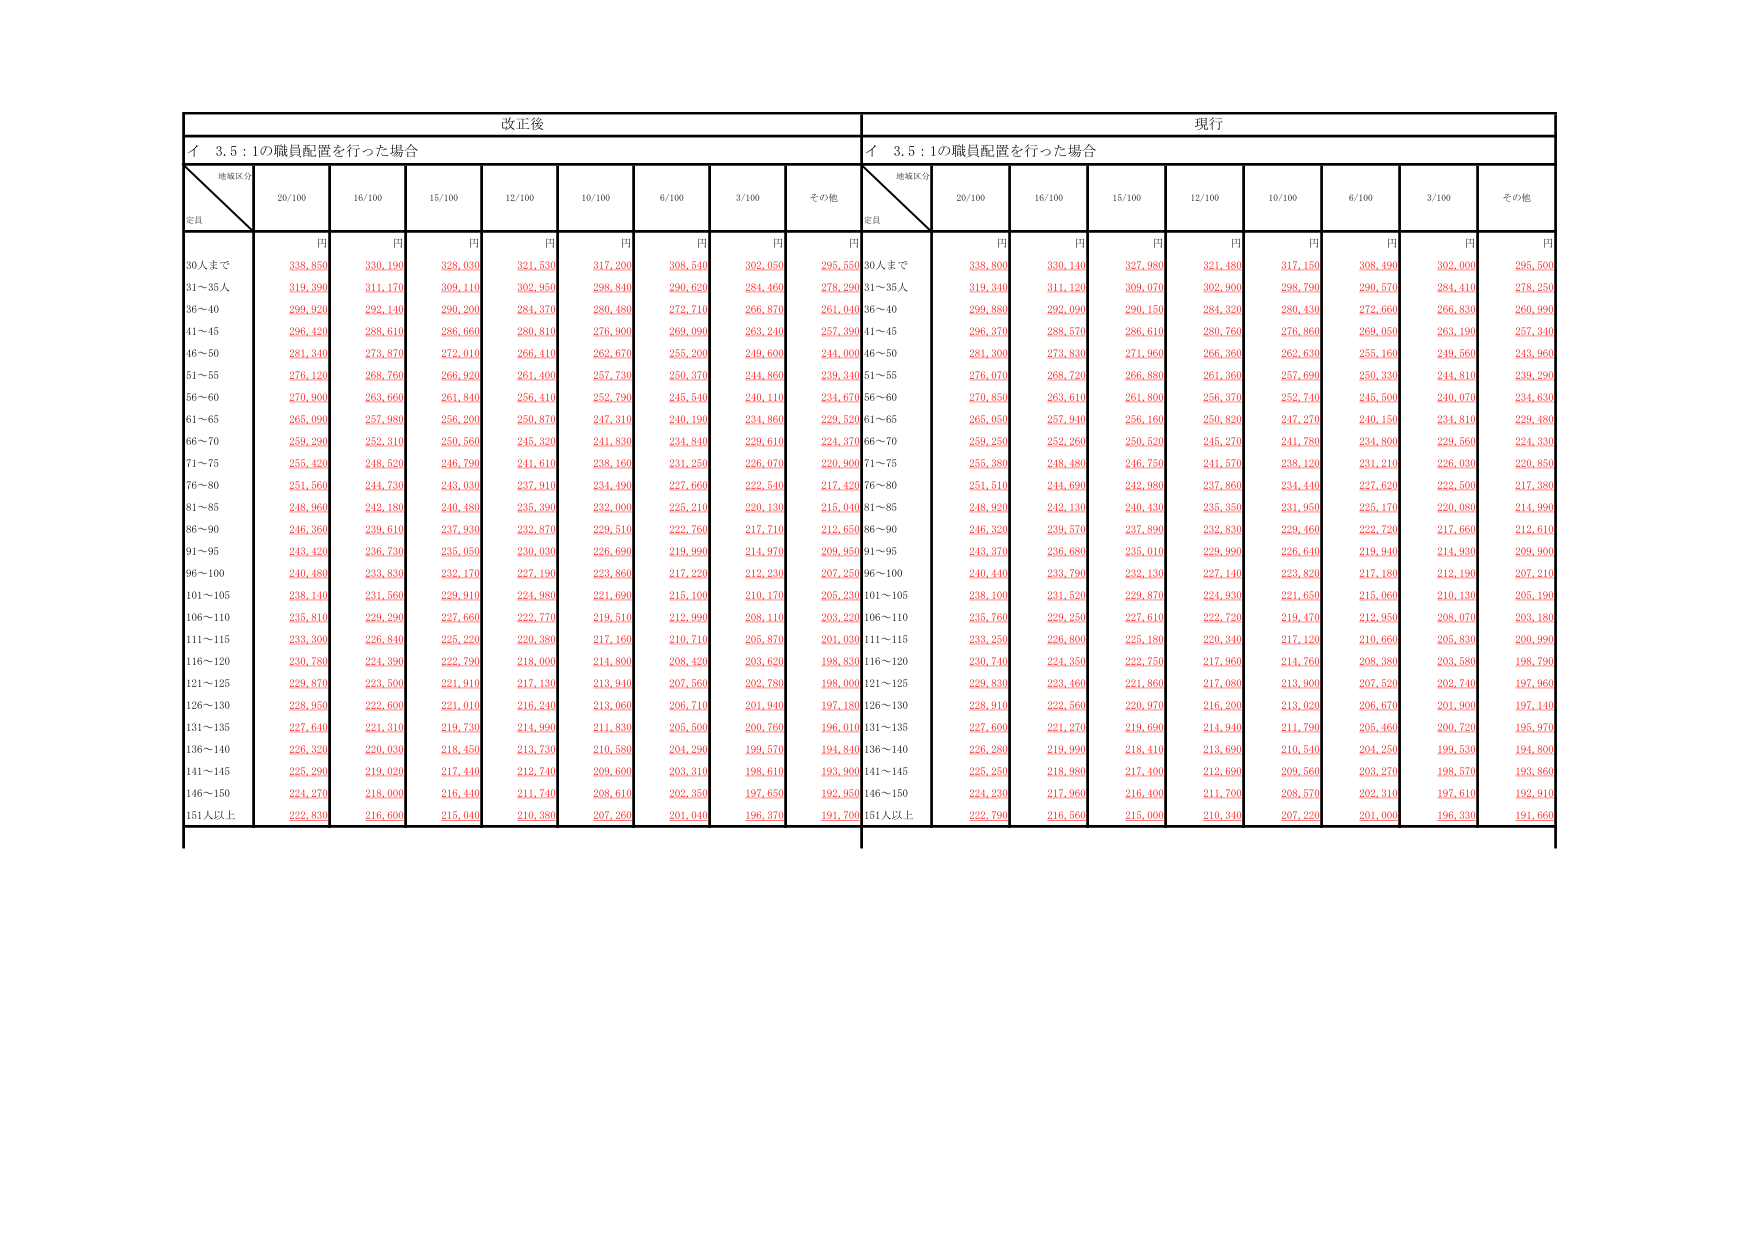
改正後
現行
イ 3.5：1の職員配置を行った場合
イ 3.5：1の職員配置を行った場合
地域区分
定員
20/100
16/100
15/100
12/100
10/100
6/100
3/100
その他
地域区分
定員
20/100
16/100
15/100
12/100
10/100
6/100
3/100
その他
円
円
円
円
円
円
円
円
円
円
円
円
円
円
円
円
円
円
30人まで
338,850
330,190
328,030
321,530
317,200
308,540
302,050
295,550
30人まで
338,800
330,140
327,980
321,480
317,150
308,490
302,000
295,500
31～35人
319,390
311,170
309,110
302,950
298,840
290,620
284,460
278,290
31～35人
319,340
311,120
309,070
302,900
298,790
290,570
284,410
278,250
36～40
299,920
292,140
290,200
284,370
280,480
272,710
266,870
261,040
36～40
299,880
292,090
290,150
284,320
280,430
272,660
266,830
260,990
41～45
296,420
288,610
286,660
280,810
276,900
269,090
263,240
257,390
41～45
296,370
288,570
286,610
280,760
276,860
269,050
263,190
257,340
46～50
281,340
273,870
272,010
266,410
262,670
255,200
249,600
244,000
46～50
281,300
273,830
271,960
266,360
262,630
255,160
249,560
243,960
51～55
276,120
268,760
266,920
261,400
257,730
250,370
244,860
239,340
51～55
276,070
268,720
266,880
261,360
257,690
250,330
244,810
239,290
56～60
270,900
263,660
261,840
256,410
252,790
245,540
240,110
234,670
56～60
270,850
263,610
261,800
256,370
252,740
245,500
240,070
234,630
61～65
265,090
257,980
256,200
250,870
247,310
240,190
234,860
229,520
61～65
265,050
257,940
256,160
250,820
247,270
240,150
234,810
229,480
66～70
259,290
252,310
250,560
245,320
241,830
234,810
229,610
224,370
66～70
259,250
252,260
250,520
245,270
241,780
234,800
229,560
224,330
71～75
255,420
248,520
246,790
241,610
238,160
231,250
226,070
220,900
71～75
255,380
248,480
246,750
241,570
238,120
231,210
226,030
220,850
76～80
251,560
244,730
243,030
237,910
234,490
227,660
222,540
217,420
76～80
251,510
244,690
242,980
237,860
234,440
227,620
222,500
217,380
81～85
248,960
242,180
240,480
235,390
232,000
225,210
220,130
215,040
81～85
248,920
242,130
240,430
235,350
231,950
225,170
220,080
214,990
86～90
246,360
239,610
237,930
232,870
229,510
222,760
217,710
212,650
86～90
246,320
239,570
237,890
232,830
229,460
222,720
217,660
212,610
91～95
243,420
236,730
235,050
230,030
226,690
219,990
214,970
209,950
91～95
243,370
236,680
235,010
229,990
226,640
219,940
214,930
209,900
96～100
240,480
233,830
232,170
227,190
223,860
217,220
212,230
207,250
96～100
240,440
233,790
232,130
227,140
223,820
217,180
212,190
207,210
101～105
238,140
231,560
229,910
224,980
221,690
215,100
210,170
205,230
101～105
238,100
231,520
229,870
224,930
221,650
215,060
210,130
205,190
106～110
235,810
229,290
227,660
222,770
219,510
212,990
208,110
203,220
106～110
235,760
229,250
227,610
222,720
219,470
212,950
208,070
203,180
111～115
233,300
226,840
225,220
220,380
217,160
210,710
205,870
201,030
111～115
233,250
226,800
225,180
220,340
217,120
210,660
205,830
200,990
116～120
230,780
224,390
222,790
218,000
214,800
208,420
203,620
198,830
116～120
230,740
224,350
222,750
217,960
214,760
208,380
203,580
198,790
121～125
229,870
223,500
221,910
217,130
213,940
207,560
202,780
198,000
121～125
229,830
223,460
221,860
217,080
213,900
207,520
202,740
197,960
126～130
228,950
222,600
221,010
216,240
213,060
206,710
201,940
197,180
126～130
228,910
222,560
220,970
216,200
213,020
206,670
201,900
197,140
131～135
227,640
221,310
219,730
214,990
211,830
205,500
200,760
196,010
131～135
227,600
221,270
219,690
214,940
211,790
205,460
200,720
195,970
136～140
226,320
220,030
218,450
213,730
210,580
204,290
199,570
194,840
136～140
226,280
219,990
218,410
213,690
210,540
204,250
199,530
194,800
141～145
225,290
219,020
217,440
212,740
209,600
203,310
198,610
193,900
141～145
225,250
218,980
217,400
212,690
209,560
203,270
198,570
193,860
146～150
224,270
218,000
216,440
211,740
208,610
202,350
197,650
192,950
146～150
224,230
217,960
216,400
211,700
208,570
202,310
197,610
192,910
151人以上
222,830
216,600
215,040
210,380
207,260
201,040
196,370
191,700
151人以上
222,790
216,560
215,000
210,340
207,220
201,000
196,330
191,660